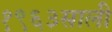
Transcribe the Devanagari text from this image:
१९६३साली